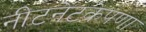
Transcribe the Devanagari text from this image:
नीटनेटकेपणा